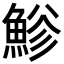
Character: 𩷲